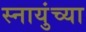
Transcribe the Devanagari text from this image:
स्नायुंच्या